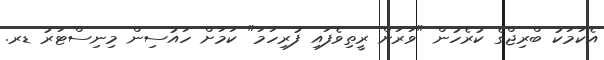
އެކަމަކު ބްރިޖްގެ ކުރެހުން "ވަރަށް ރީތިވެފައި ފުރިހަމަ" ކަމަށް ހައުސިން މިނިސްޓަރު ޑރ.